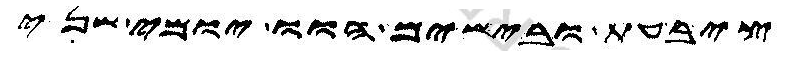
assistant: ציבעת ובישים הוו יומי שני